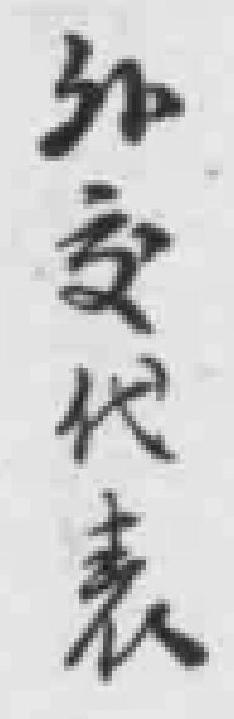
外文代表